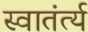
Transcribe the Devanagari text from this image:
स्वातंर्त्य